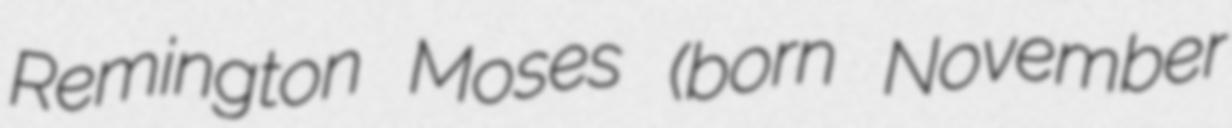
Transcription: Remington Moses (born November